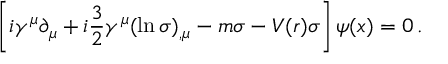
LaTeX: \left[ i \gamma ^ { \mu } \partial _ { \mu } + i \frac { 3 } { 2 } \gamma ^ { \mu } ( \ln \sigma ) _ { , \mu } - m \sigma - V ( r ) \sigma \right] \psi ( x ) = 0 \, { . }